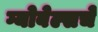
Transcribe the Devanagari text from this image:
ग्योबेल्सचे